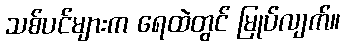
သစ်ပင်များက ရေထဲတွင် မြုပ်လျက်။